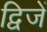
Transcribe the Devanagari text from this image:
द्विजें